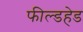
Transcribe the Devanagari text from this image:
फील्डहेड